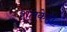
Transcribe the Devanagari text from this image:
शतकेही